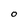
Character: O